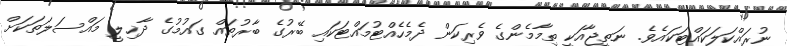
ނުރައްކަލަކައްޓަކައެވެ. ނަތީޖާއަކީ ތިމާމެންގެ ވެރިކަން ދެމެހެއްޓުމައްޓަކައި ބޭރުގެ ބާރުތައް ގައުމުގެ ދާޚިލީ މައްސަލަތަކަށް